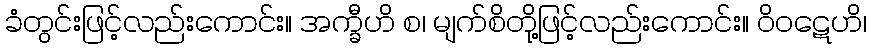
ခံတွင်းဖြင့်လည်းကောင်း။ အက္ခီဟိ စ၊ မျက်စိတို့ဖြင့်လည်းကောင်း။ ဝိဝဋေဟိ၊